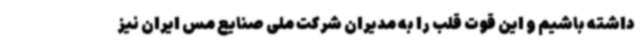
داشته باشیم و این قوت قلب را به مدیران شرکت ملی صنایع مس ایران نیز